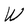
Character: W